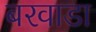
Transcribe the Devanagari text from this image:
बरवाडा